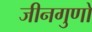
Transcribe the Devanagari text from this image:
जीनगुणों